Scottish Leaving Certificate Examination, 1960
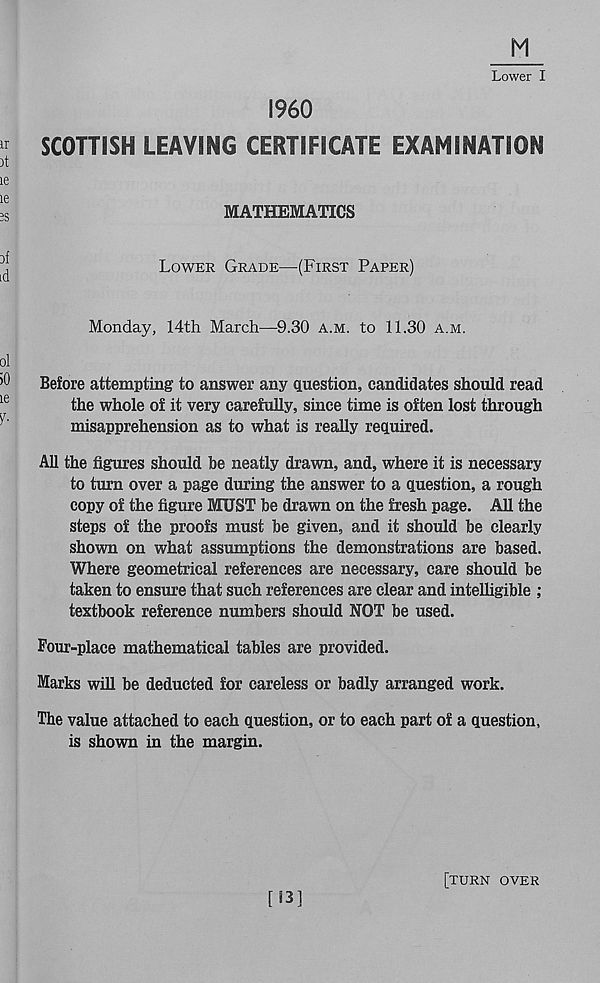
M
Lower I
I960
SCOTTISH LEAVING CERTIFICATE EXAMINATION
MATHEMATICS
Lower Grade—(First Paper)
Monday, 14th March—9.30 a.m. to 11.30 a.m.
Before attempting to answer any question, candidates should read
the whole of it very carefully, since time is often lost through
misapprehension as to what is really required.
All the figures should be neatly drawn, and, where it is necessary
to turn over a page during the answer to a question, a rough
copy of the figure MUST be drawn on the fresh page. All the
steps of the proofs must be given, and it should be clearly
shown on what assumptions the demonstrations are based.
Where geometrical references are necessary, care should be
taken to ensure that such references are clear and intelligible ;
textbook reference numbers should NOT be used.
Pour-place mathematical tables are provided.
Marks will be deducted for careless or badly arranged work.
The value attached to each question, or to each part of a question,
is shown in the margin.
[!3]
[turn over